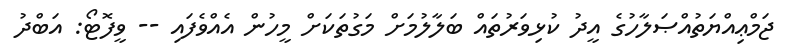
ޖަމްޢިއްޔަތުއްޞަލާހުގެ އީދު ކުޅިވަރުތައް ބަލާލުމަށް މަގުތަކަށް މީހުން އެއްވެފައި -- ވީފޮޓޯ: އަބްދު